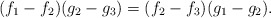
\begin{align*}(f_1-f_2)(g_2-g_3)=(f_2-f_3)(g_1-g_2).\end{align*}